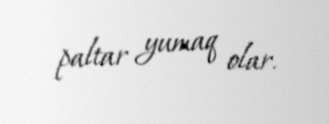
paltar yumaq olar.